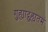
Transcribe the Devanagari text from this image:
गुह्याद्गुह्यतमं